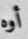
أوه